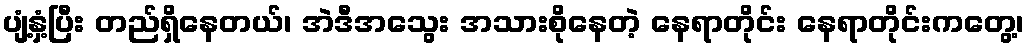
ပျံ့နှံ့ပြီး တည်ရှိနေတယ်၊ အဲဒီအသွေး အသားစိုနေတဲ့ နေရာတိုင်း နေရာတိုင်းကတွေ့၊